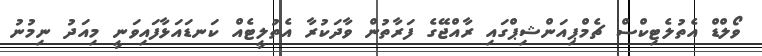
ވޯލްޑް އެތުލެޓިކްސް ޗެމްޕިއަންޝިޕްގައި ރާއްޖޭގެ ފަރާތުން ވާދަކުރާ އެތުލީޓެއް ކަނޑައަޅާފައިވަނީ މިއަދު ނިމުނު